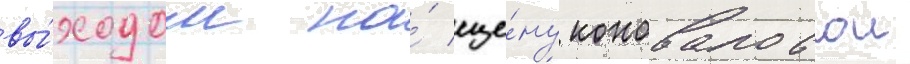
вы́ходом на́ сце́ну коноваловои